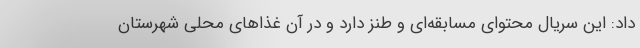
داد: این سریال محتوای مسابقه‌ای و طنز دارد و در آن غذاهای محلی شهرستان